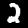
Label: 2